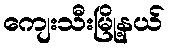
ကျေးသီးမြို့နယ်